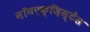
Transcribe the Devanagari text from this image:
नॉनएक्ज़िस्टेंस